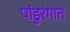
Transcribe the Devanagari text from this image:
पांडुरंगात